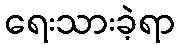
ရေးသားခဲ့ရာ